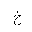
Letter: _kha